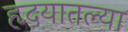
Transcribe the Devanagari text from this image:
हृदयातल्या